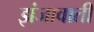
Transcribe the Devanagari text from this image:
झंजावाती